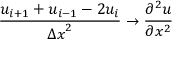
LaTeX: { \frac { u _ { i + 1 } + u _ { i - 1 } - 2 u _ { i } } { { \Delta x } ^ { 2 } } } \to { \frac { \partial ^ { 2 } u } { \partial x ^ { 2 } } }